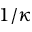
1 / \kappa